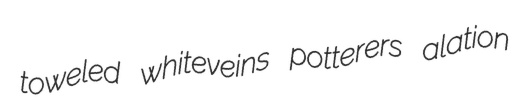
toweled whiteveins potterers alation